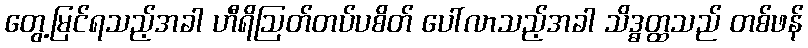
တွေ့မြင်ရသည့်အခါ ဟီရိဩတ်တပ်ပစိတ် ပေါ်လာသည့်အခါ သိဒ္ဓတ္ထသည် တစ်ဖန်